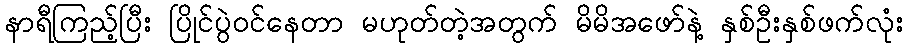
နာရီကြည့်ပြီး ပြိုင်ပွဲဝင်နေတာ မဟုတ်တဲ့အတွက် မိမိအဖော်နဲ့ နှစ်ဦးနှစ်ဖက်လုံး